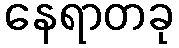
နေရာတခု